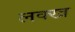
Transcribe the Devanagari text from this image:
लक्ख